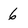
Character: 6